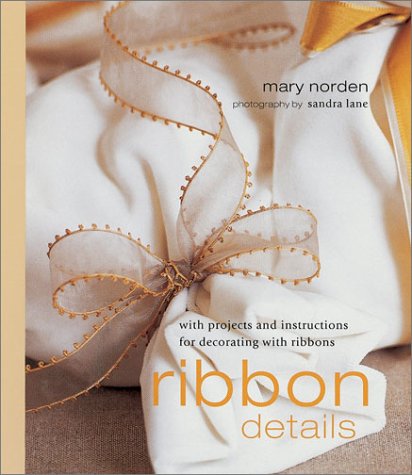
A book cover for Ribbon Details: With Projects and Instructions for Decorating with Ribbons; Mary Norden; Crafts, Hobbies & Home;